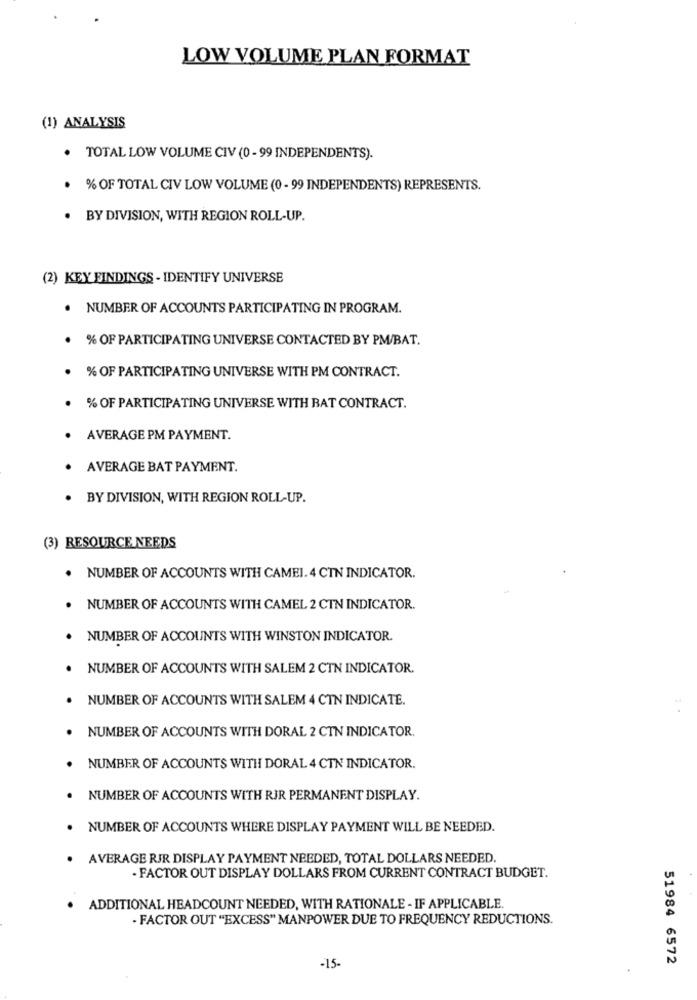
LOW VOLUME PLAN FORMAT
(1) ANALYSIS
· TOTAL LOW VOLUME CIV (0 - 99 INDEPENDENTS).
· % OF TOTAL CIV LOW VOLUME (0 - 99 INDEPENDENTS) REPRESENTS.
. BY DIVISION, WITH REGION ROLL-UP.
(2) KEY BINDINGS - IDENTIFY UNIVERSE
.
NUMBER OF ACCOUNTS PARTICIPATING IN PROGRAM.
% OF PARTICIPATING UNIVERSE CONTACTED BY PM/BAT.
% OF PARTICIPATING UNIVERSE WITH PM CONTRACT.
% OF PARTICIPATING UNIVERSE WITH BAT CONTRACT.
AVERAGE PM PAYMENT.
AVERAGE BAT PAYMENT.
. BY DIVISION, WITH REGION ROLL-UP.
(3) RESOURCE NEEDS
. NUMBER OF ACCOUNTS WITH CAMEL. 4 CTN INDICATOR.
NUMBER OF ACCOUNTS WITH CAMEL 2 CTN INDICATOR.
NUMBER OF ACCOUNTS WITH WINSTON INDICATOR.
. NUMBER OF ACCOUNTS WITH SALEM 2 CTN INDICATOR.
NUMBER OF ACCOUNTS WITH SALEM 4 CTN INDICATE.
NUMBER OF ACCOUNTS WITH DORAL 2 CTN INDICATOR.
NUMBER OF ACCOUNTS WITH DORAL 4 CTN INDICATOR.
NUMBER OF ACCOUNTS WITH RIR PERMANENT DISPLAY.
NUMBER OF ACCOUNTS WHERE DISPLAY PAYMENT WILL BE NEEDED.
. AVERAGE RJR DISPLAY PAYMENT NEEDED, TOTAL DOLLARS NEEDED.
- FACTOR OUT DISPLAY DOLLARS FROM CURRENT CONTRACT BUDGET.
. ADDITIONAL HEADCOUNT NEEDED, WITH RATIONALE - IF APPLICABLE.
- FACTOR OUT "EXCESS" MANPOWER DUE TO FREQUENCY REDUCTIONS.
51984 6572
-15-